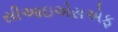
સીઆઇએસએફ